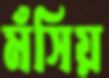
মঁসিয়